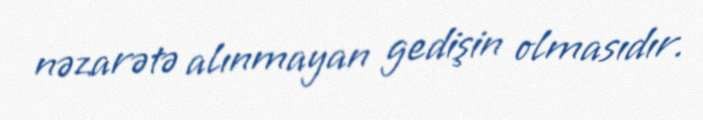
nəzarətə alınmayan gedişin olmasıdır.